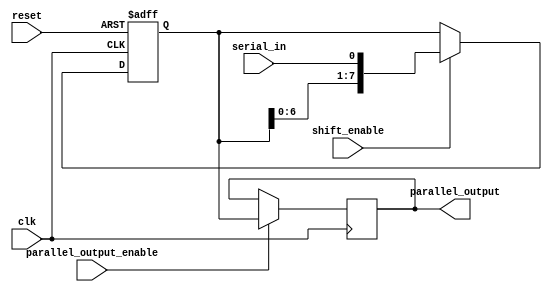
module SIPO_register(
  input wire clk,
  input wire reset,
  input wire serial_in,
  input wire shift_enable,
  input wire parallel_output_enable,
  output reg [7:0] parallel_output
);

reg [7:0] register_data;

always @(posedge clk or posedge reset) begin
  if(reset) begin
    register_data <= 8'b00000000;
  end else if(shift_enable) begin
    register_data <= {register_data[6:0], serial_in};
  end
end

always @(posedge clk) begin
  if(parallel_output_enable) begin
    parallel_output <= register_data;
  end
end

endmodule